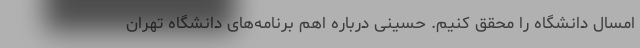
امسال دانشگاه را محقق کنیم. حسینی درباره اهم برنامه‌های دانشگاه تهران